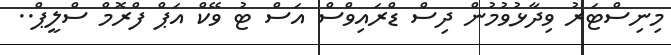
މިނިސްޓަރު ވިދާޅުވުމުން ދިސް ޑްރައިވްސް އަސް ޓު ވޭކް އަޕް ފްރޮމް ސްލީޕް..